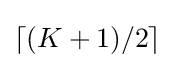
\lceil (K+1)/2\rceil